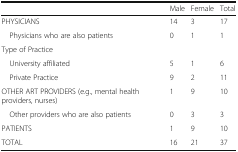
<table><thead><tr><td></td><td><b>Male</b></td><td><b>Female</b></td><td><b>Total</b></td></tr></thead><tbody><tr><td>PHYSICIANS</td><td>14</td><td>3</td><td>17</td></tr><tr><td> Physicians who are also patients</td><td>0</td><td>1</td><td>1</td></tr><tr><td colspan="4">Type of Practice</td></tr><tr><td> University affiliated</td><td>5</td><td>1</td><td>6</td></tr><tr><td> Private Practice</td><td>9</td><td>2</td><td>11</td></tr><tr><td>OTHER ART PROVIDERS (e.g., mental health providers, nurses)</td><td>1</td><td>9</td><td>10</td></tr><tr><td> Other providers who are also patients</td><td>0</td><td>3</td><td>3</td></tr><tr><td>PATIENTS</td><td>1</td><td>9</td><td>10</td></tr><tr><td>TOTAL</td><td>16</td><td>21</td><td>37</td></tr></tbody></table>